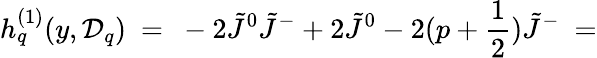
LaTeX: h_{q}^{(1)}(y,{\cal D}_{q})\ =\ -2\tilde{J}^{0}\tilde{J}^{-}+2\tilde{J}^{0}-2(p+\frac{1}{2})\tilde{J}^{-}\ =